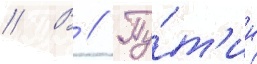
// В // Пу́т'ин